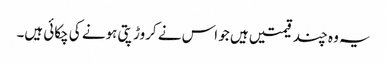
یہ وہ چند قیمتیں ہیں جو اس نے کروڑ پتی ہونے کی چکائی ہیں۔